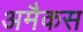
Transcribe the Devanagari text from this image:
अमैकस